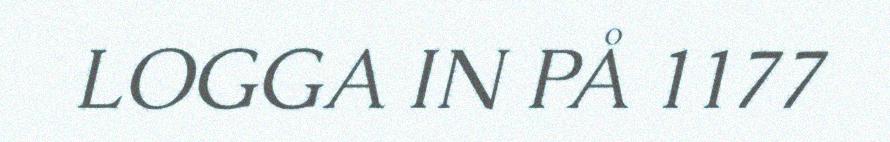
LOGGA IN PÅ 1177